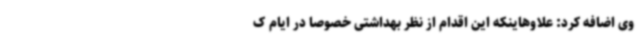
وی اضافه کرد: علاوهاینکه این اقدام از نظر بهداشتی خصوصا در ایام ک